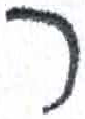
אות: ר